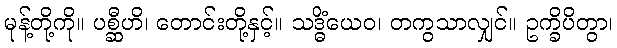
မုန့်တို့ကို။ ပစ္ဆီဟိ၊ တောင်းတို့နှင့်။ သဒ္ဓိံယေဝ၊ တကွသာလျှင်။ ဥက္ခိပိတွာ၊